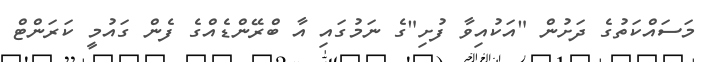
މަސައްކަތުގެ ދަށުން "އަކުއިވާ ފުށި"ގެ ނަމުގައި އާ ބްރޭންޑެއްގެ ފެން ގައުމީ ކަރަންޓް